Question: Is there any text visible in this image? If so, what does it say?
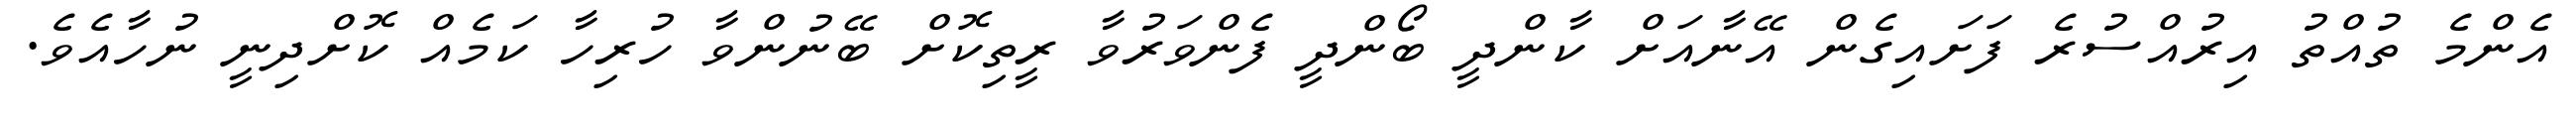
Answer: އެންމެ ތުއްތު އިރުއްސުރެ ފަށައިގެން އޭނާއަށް ކާންދީ ބޯންދީ ފެންވަރުވާ ރީތިކޮށް ބޭނުންވާ ހުރިހާ ކަމެއް ކޮށްދިނީ ނުހާއެވެ.